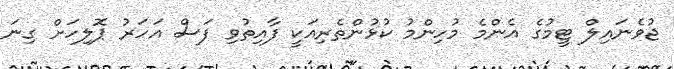
ޖުވެނައިލް ޓީމުގެ އެންމެ މުހިންމު ކުޅުންތެރިއަކީ ފާއިތުވި ފަސް އަހަރު ޕޮލިހަށް ގިނަ